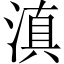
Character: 滇